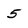
Character: 5